Report of an investigation of the epidemic of malarial fever in Assam, or, kala-azar
Disease focus: Malaria
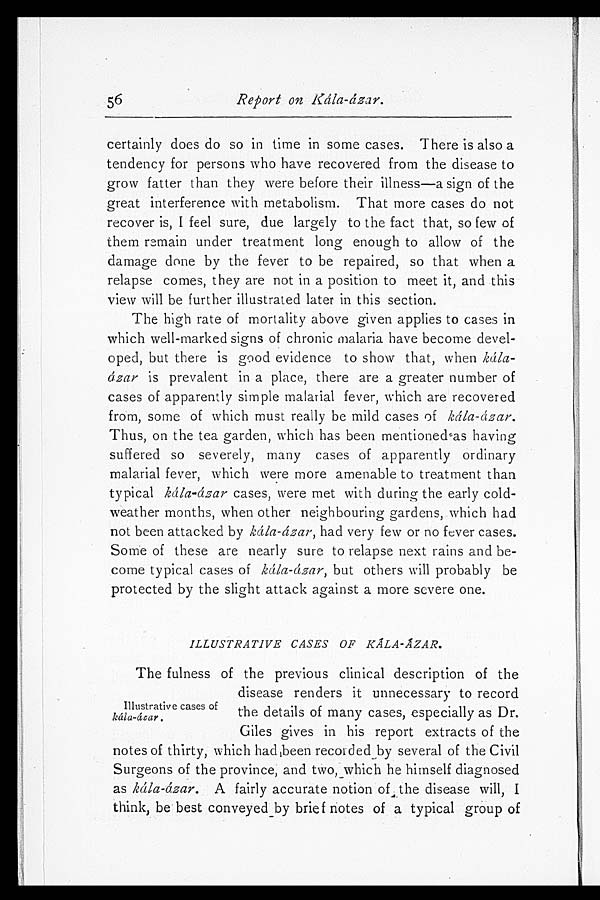
56
Report on Kála-ázar.
certainly does do so in time in some cases. There is also a
tendency for persons who have recovered from the disease to
grow fatter than they were before their illness—a sign of the
great interference with metabolism. That more cases do not
recover is, I feel sure, due largely to the fact that, so few of
them remain under treatment long enough to allow of the
damage done by the fever to be repaired, so that when a
relapse comes, they are not in a position to meet it, and this
view will be further illustrated later in this section.
The high rate of mortality above given applies to cases in
which well-marked signs of chronic malaria have become devel
-oped, but there is good evidence to show that, when kála
-ázar is prevalent in a place, there are a greater number of
cases of apparently simple malarial fever, which are recovered
from, some of which must really be mild cases of kála-ázar.
Thus, on the tea garden, which has been mentioned as having
suffered so severely, many cases of apparently ordinary
malarial fever, which were more amenable to treatment than
typical kála-ázar cases, were met with during the early cold-
weather months, when other neighbouring gardens, which had
not been attacked by kála-ázar, had very few or no fever cases.
Some of these are nearly sure to relapse next rains and be
-come typical cases of kála-ázar, but others will probably be
protected by the slight attack against a more severe one.
ILLUSTRATIVE CASES OF KÁLA-ÁZAR.
The fulness of the previous clinical description of the
disease renders it unnecessary to record
the details of many cases, especially as Dr.
Giles gives in his report extracts of the
notes of thirty, which had been recorded by several of the Civil
Surgeons of the province, and two, which he himself diagnosed
as kála-ázar. A fairly accurate notion of the disease will, I
think, be best conveyed by brief notes of a typical group of
Illustrative cases of
kála-ázar.